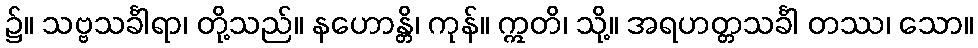
၌။ သဗ္ဗသင်္ခါရာ၊ တို့သည်။ နဟောန္တိ၊ ကုန်။ ဣတိ၊ သို့။ အရဟတ္တသင်္ခါ တဿ၊ သော။